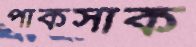
পাকসাক